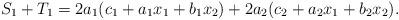
LaTeX: \begin{align*}S_1 + T_1 = 2a_1(c_1+a_1x_1 + b_1x_2) + 2a_2 (c_2+a_2x_1 + b_2x_2).\end{align*}